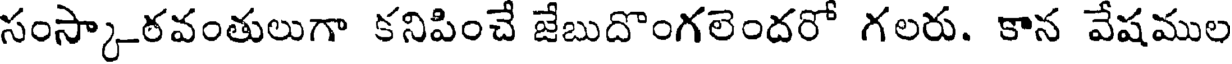
సంస్కారవంతులుగా కనిపించే జేబుదొంగలెందరో గలరు. కాన వేషముల